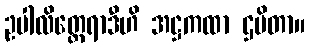
ဥပါလိတ္ထေရာဒီဟိ အဋ္ဌကထာ ဌပိတာ။